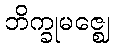
ဘိက္ခုမဇ္ဈေ